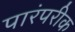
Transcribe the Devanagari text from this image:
पारंपरीक